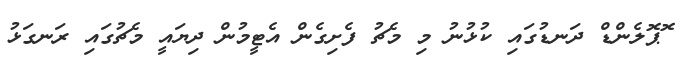
ޮޕޮލެންޑް ދަނޑުގައި ކުޅުނު މި މެޗު ފެށިގެން އެޓީމުން ދިޔައީ މެޗުގައި ރަނގަޅު